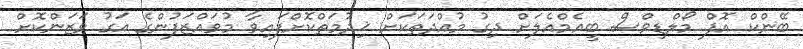
ބޭންކް އޮފް މޯލްޑިވްސް ބީއެމްއެލަށް ދިގު މުއްދަތަކަށް ޚިދުމަތްކޮށްފައިވާ މުވައްޒަފުންގެ އަގު ވަޒަންކޮށް